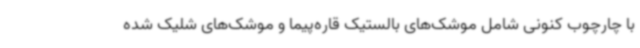
با چارچوب کنونی شامل موشک‌های بالستیک قاره‌پیما و موشک‌های شلیک شده